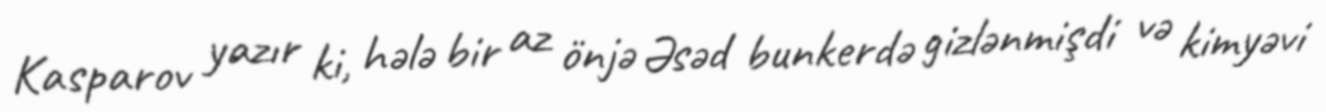
Kasparov yazır ki, hələ bir az önjə Əsəd bunkerdə gizlənmişdi və kimyəvi